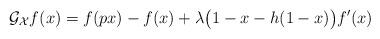
LaTeX: \begin{align*} \mathcal G_{\mathcal X}f(x) &= f(px)-f(x) + \lambda\big(1-x-h(1-x)\big)f'(x) \end{align*}